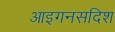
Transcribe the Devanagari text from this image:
आइगनसदिश